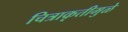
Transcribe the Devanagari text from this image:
चित्राकृतीमुळे